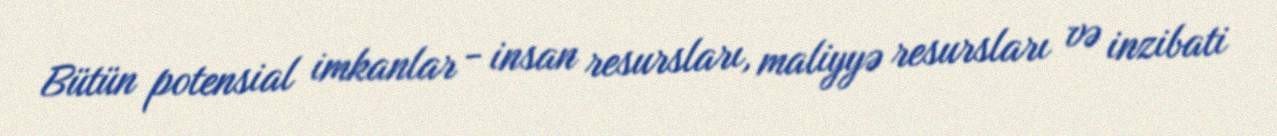
Bütün potensial imkanlar - insan resursları, maliyyə resursları və inzibati